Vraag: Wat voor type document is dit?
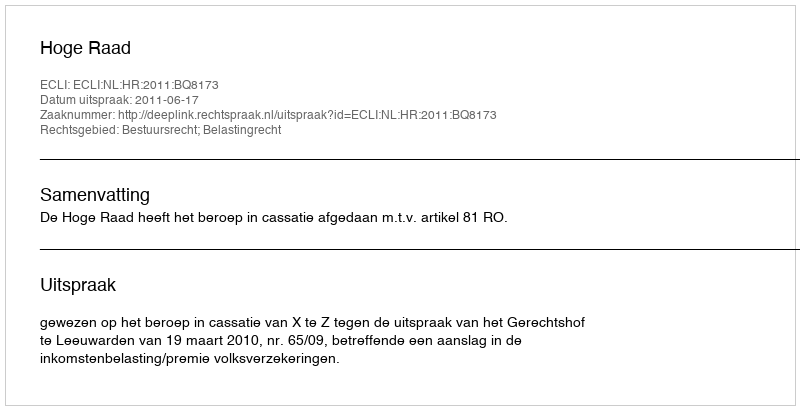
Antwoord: Uitspraak